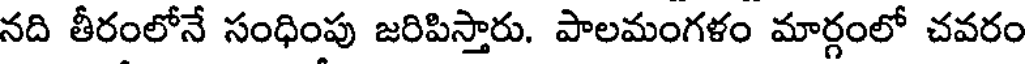
నది తీరంలోనే సంధింపు జరిపిస్తారు. పాలమంగళం మార్గంలో చవరం